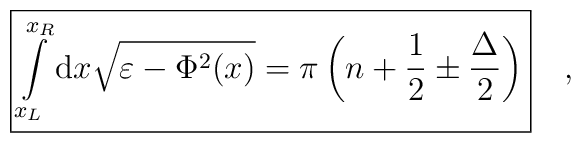
\fbox{$\displaystyle\int\limits_{x_{L}}^{x_{R}}{\rm d}x\sqrt{\varepsilon -\Phi ^2(x)}=\pi\left(n+\frac{1}{2}\pm\frac{\Delta }{2}\right)$}\quad ,